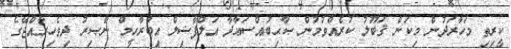
ކީރިތި މަހާރަދުން މިކަން ޤަބޫލު ކުރެއްވުމުން ޞާޙިބުއްސަޢާދާ އަލްފާޟިލް އިބްރާހީމް ނާޞިރު ދިވެހިރާއްޖޭގެ